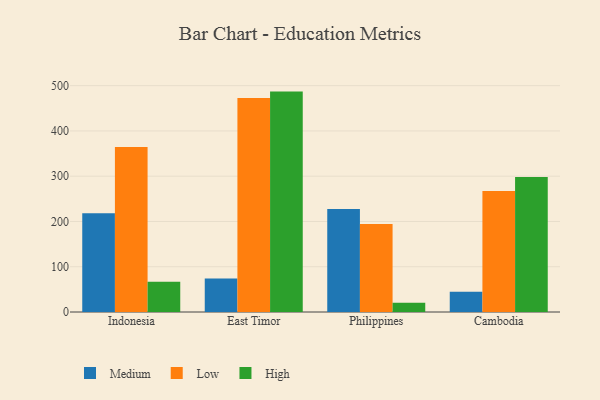
{"axis": {"x": "Country", "y": "Market Share (%)"}, "legend": ["High", "Low", "Medium"], "data": [{"x": "Indonesia", "y": 218.1, "type": "Medium"}, {"x": "Indonesia", "y": 364.7, "type": "Low"}, {"x": "Indonesia", "y": 66.6, "type": "High"}, {"x": "East Timor", "y": 73.9, "type": "Medium"}, {"x": "East Timor", "y": 472.5, "type": "Low"}, {"x": "East Timor", "y": 486.9, "type": "High"}, {"x": "Philippines", "y": 227.3, "type": "Medium"}, {"x": "Philippines", "y": 194.6, "type": "Low"}, {"x": "Philippines", "y": 20.4, "type": "High"}, {"x": "Cambodia", "y": 45.0, "type": "Medium"}, {"x": "Cambodia", "y": 267.4, "type": "Low"}, {"x": "Cambodia", "y": 298.2, "type": "High"}]}